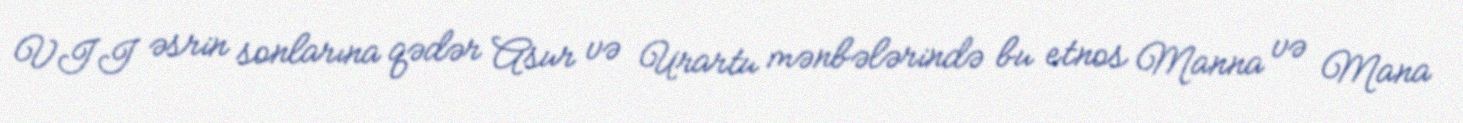
VII əsrin sonlarına qədər Asur və Urartu mənbələrində bu etnos Manna və Mana